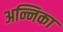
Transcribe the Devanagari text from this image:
अन्निका